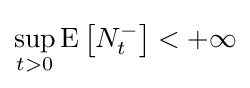
\sup _{t>0}\operatorname {E} {\big [}N_{t}^{-}{\big ]}<+\infty